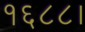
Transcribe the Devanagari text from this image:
१६८८।